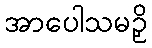
အာပေါသမဉှိ